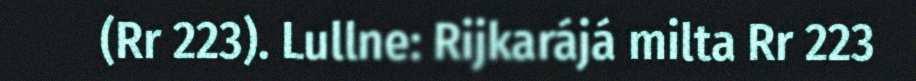
(Rr 223). Lullne: Rijkarájá milta Rr 223